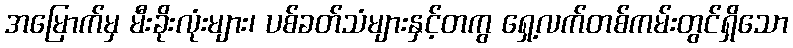
အမြောက်မှ မီးခိုးလုံးများ၊ ပစ်ခတ်သံများနှင့်တကွ ရှေ့လက်တစ်ကမ်းတွင်ရှိသော